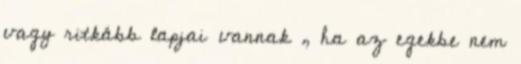
vagy ritkább lapjai vannak , ha az egekbe nem